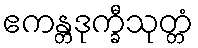
ဧကန္တဒုက္ခီသုတ္တံ